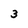
Character: 3